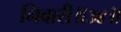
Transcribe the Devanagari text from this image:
निवारी॥३४॥